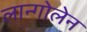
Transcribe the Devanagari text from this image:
लान्गोलेन